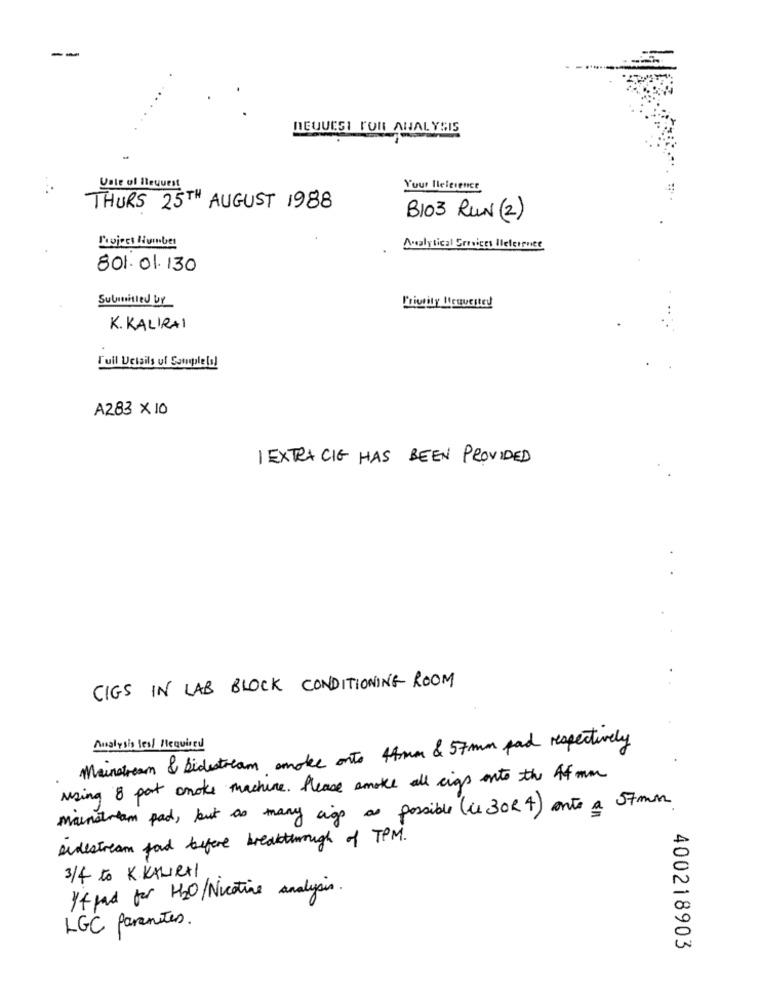
--
REQUEST FOR ANALYSIS
Unte ol Request
Your Ilelesence
THURS 25TH AUGUST 1988
B103 RUN (2)
Project Humber
Analytical Gresiges Ileference
801.01. 130
Submitted by
Priority Itruvested
K. KALIRAI
Tuil Uciails ul Samplela!
A283 × 10
1 EXTRA CIG HAS BEEN PROVIDED
CIGS IN LAB BLOCK CONDITIONING ROOM
Mainstream & Sidestream smoke onto 44mm & 57 mm pad respectively
Analysis les Required
using 8 pot onoke machine. Please smoke all cigs into the 4 mm
Mainstream pad, but as many cigs as possible (il 3024) onto a 57mm
sidestream food before breakthrough of TPM.
3/4 to K. KALIRHI
It pad for H2O/Nicotine analysis.
LGC parentes.
400218903